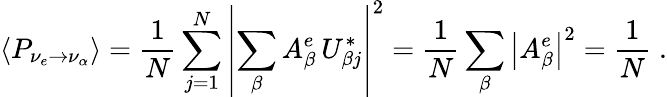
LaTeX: \left\langle P_{\nu_{e}\to\nu_{\alpha}}\right\rangle={\frac{1}{N}}\sum_{j=1}^{N}\left|\sum_{\beta}A_{\beta}^{e}\, U_{{\beta}j}^{*}\right|^{2}={\frac{1}{N}}\sum_{\beta}\left|A_{\beta}^{e}\right|^{2}={\frac{1}{N}}\; .